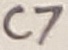
Text: C7